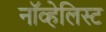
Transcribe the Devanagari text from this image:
नॉव्हेलिस्ट